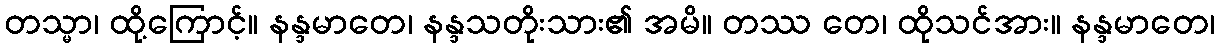
တသ္မာ၊ ထို့ကြောင့်။ နန္ဒမာတေ၊ နန္ဒသတိုးသား၏ အမိ။ တဿ တေ၊ ထိုသင်အား။ နန္ဒမာတေ၊